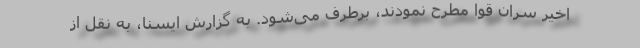
اخیر سران قوا مطرح نمودند، برطرف می‌شود. به گزارش ایسنا، به نقل از